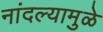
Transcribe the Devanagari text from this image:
नांदल्यामुळे